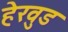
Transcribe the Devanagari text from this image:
हेरवुड